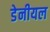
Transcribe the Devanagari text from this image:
डेनीयल